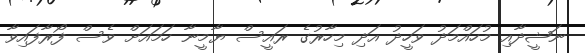
ނަޝީދާއި މުހައްމަދު ވަހީދު އަދި މިހާރުގެ ރައީސް ޔާމީނާ ހަމައަށް ވެސް ފޯރާފައިވާ